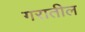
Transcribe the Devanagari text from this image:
गरातील